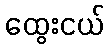
ထွေးငယ်